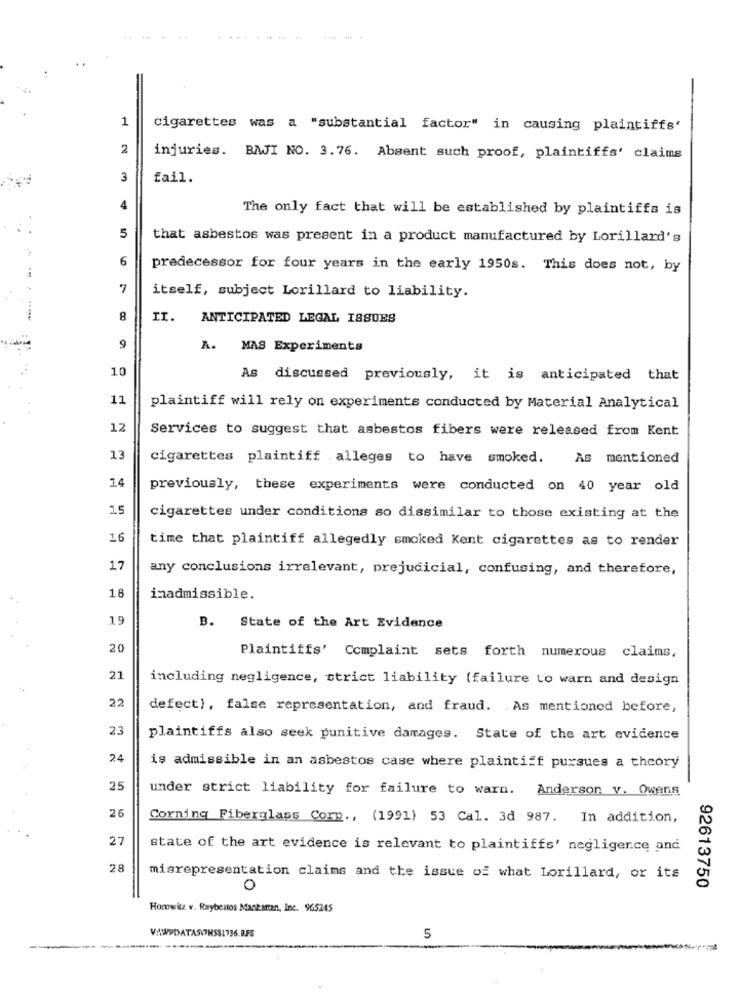
1
cigarettes was a "substantial factor" in causing plaintiffs'
2
injuries. BAJI NO. 3.76. Absent such proof, plaintiffs' claims
3
fail.
The only fact that will be established by plaintiffs is
5
that asbestos was present in a product manufactured by Lorillard's
6
predecessor for four years in the early 1950s. This does not, by
7
itself, subject Lorillard to liability.
8
ANTICIPATED LEGAL ISSUES
9
A. MAS Experiments
10
As discussed previously, it is anticipated that
11
plaintiff will rely on experiments conducted by Material Analytical
12
Services to suggest that asbestos fibers were released from Kent
13
cigarettes plaintiff .alleges to have smoked.
As mentioned
14
previously, these experiments were conducted on 40 year old
15
cigarettes under conditions so dissimilar to those existing at the
16
time that plaintiff allegedly smoked Kent cigarettes as to render
17
any conclusions irrelevant, prejudicial, confusing, and therefore,
18
inadmissible.
19
B. State of the Art Evidence
20
Plaintiffs' Complaint sets forth numerous claims,
21
including negligence, strict liability (failure to warn and design
22
defect), false representation, and fraud. As mentioned before,
23
plaintiffs also seek punitive damages. State of the art evidence
24
is admissible in an asbestos case where plaintiff pursues a theory
25
under strict liability for failure to warn. Anderson v. Owens
26
Corning Fiberglass Corp ., (1991) 53 Cal. 3d 987. In addition,
27
state of the art evidence is relevant to plaintiffs' negligence and
28
misrepresentation claims and the issue of what Lorillard, or its
92613750
Horowitz v. Raybestos Mantattan, Inc. 965245
VAWPDATASITHS31736.R.FS
5